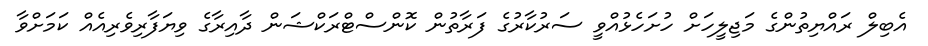
އެބިލް ރައްޔިތުންގެ މަޖިލީހަށް ހުށަހެޅުއްވީ ސަރުކާރުގެ ފަރާތުން ކޮންސްޓްރަކްޝަން ދާއިރާގެ ވިޔަފާރިވެރިއެއް ކަމަށްވާ